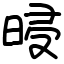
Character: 𣆲